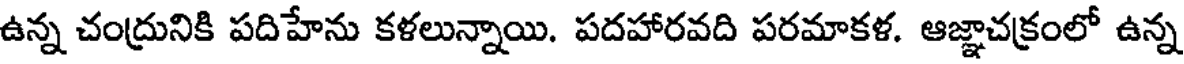
ఉన్న చంద్రునికి పదిహేను కళలున్నాయి. పదహారవది పరమాకళ. ఆజ్ఞాచక్రంలో ఉన్న